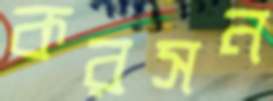
করসন